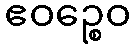
ဧဝဉ္စေဝ